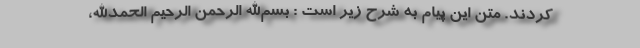
کردند. متن این پیام به شرح زیر است : بسم‌الله الرحمن الرحیم الحمدالله،